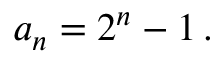
a _ { n } = 2 ^ { n } - 1 \, .